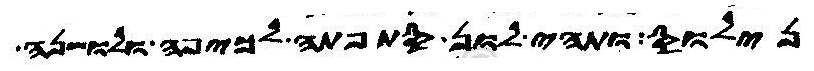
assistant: נילוס ותהי לון סתפתה לכיפה ולושנה